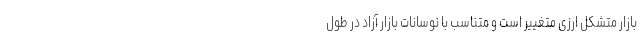
بازار متشکل ارزی متغییر است و متناسب با نوسانات بازار آزاد در طول